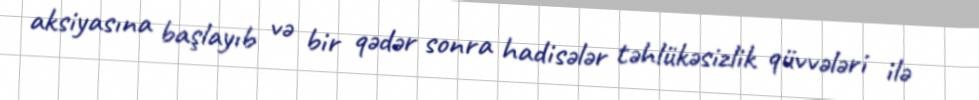
aksiyasına başlayıb və bir qədər sonra hadisələr təhlükəsizlik qüvvələri ilə